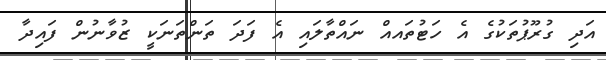
އަދި ގުރޫޕުތަކުގެ އެ ހަޓުތައއް ނައްތާލައި އެ ފަދަ ތަންތަނަކީ ޒުވާނުން ފައިދާ